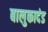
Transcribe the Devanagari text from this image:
बालुकादंड